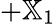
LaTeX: +{\mathbb X}_{1}